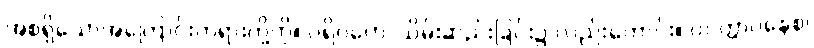
အစရှိသောအကြောင်းတရားတို့ကို။ ပရိဂ္ဂဟေ၊ သိမ်းဆည်းခြင်း၌ လည်းကောင်း။ ဝဝတ္တာပနေစ၊